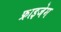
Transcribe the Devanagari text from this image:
फ्राइजेम